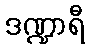
ဒဏ္ဍာရီ